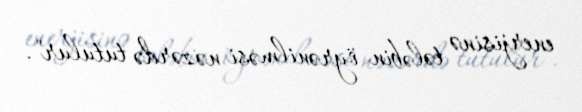
enerjisinə tələbin öyrənilməsi nəzərdə tutulur".